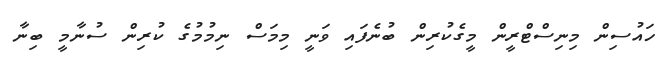
ހައުސިން މިނިސްޓްރީން މީގެކުރިން ބުނެފައި ވަނީ މިމަސް ނިމުމުގެ ކުރިން ސުނާމީ ބިނާ